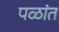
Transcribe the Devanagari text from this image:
पळांत